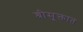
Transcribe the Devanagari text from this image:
श्रीसूक्तात